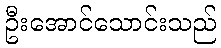
ဦးအောင်သောင်းသည်